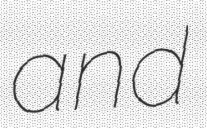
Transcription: and